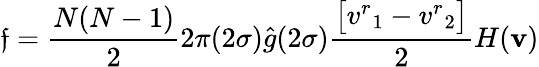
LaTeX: \mathfrak{f}=\frac{{N(N-1)}}{{2}}2\pi(2\sigma)\hat{{g}}(2\sigma)\frac{{\big[{v^{r}}_{1}-{v^{r}}_{2}\big]}}{{2}}H(\textbf{{v}})